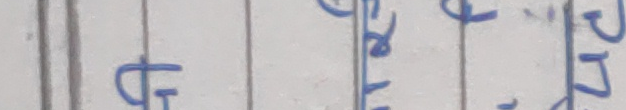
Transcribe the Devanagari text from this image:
घरे२७